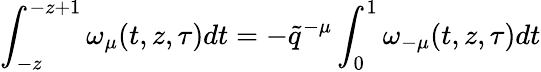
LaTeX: \int_{-z}^{-z+1}\omega_{\mu}(t,z,\tau)dt=-\tilde{q}^{-\mu}\int_{0}^{1}\omega_{-\mu}(t,z,\tau)dt